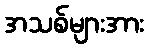
အသစ်များအား